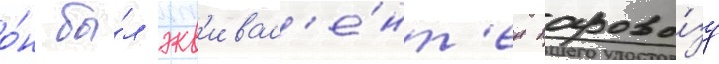
о́н бы́л экв'ивал'е́нт'ен парово́зу